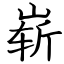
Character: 崭